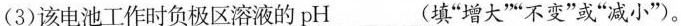
（3）该电池工作时负极区溶液的pH___（填“增大”“不变”或“减小”）。